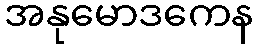
အနုမောဒကေန